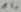
Text: 14